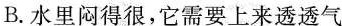
B.水里闷得很，它需要上来透透气